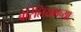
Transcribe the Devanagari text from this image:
बेरिलियमच्या